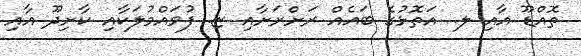
ތޮއްޑޫ އާއި ލ. އަތޮޅުގެ ބައެއް ރަށްރަށާއި ޏ. ފުވައްމުލަކާއި ކާށިދޫ އާއި